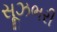
સૂઝભરી